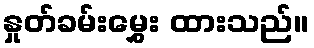
နှုတ်ခမ်းမွှေး ထားသည်။